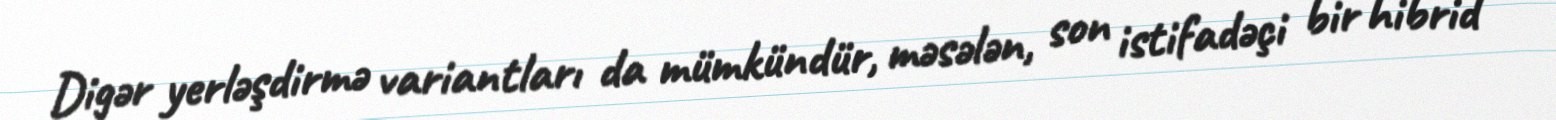
Digər yerləşdirmə variantları da mümkündür, məsələn, son istifadəçi bir hibrid